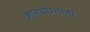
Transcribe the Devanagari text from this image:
ज्ञानयोगाला